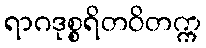
ရာဂဒုစ္စရိတဝိတက္က